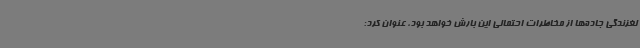
لغزندگی جاده‌ها از مخاطرات احتمالی این بارش خواهد بود، عنوان کرد: